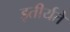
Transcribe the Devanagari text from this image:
इतीर्यते